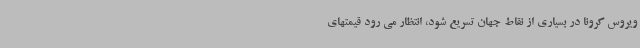
ویروس کرونا در بسیاری از نقاط جهان تسریع شود، انتظار می رود قیمتهای